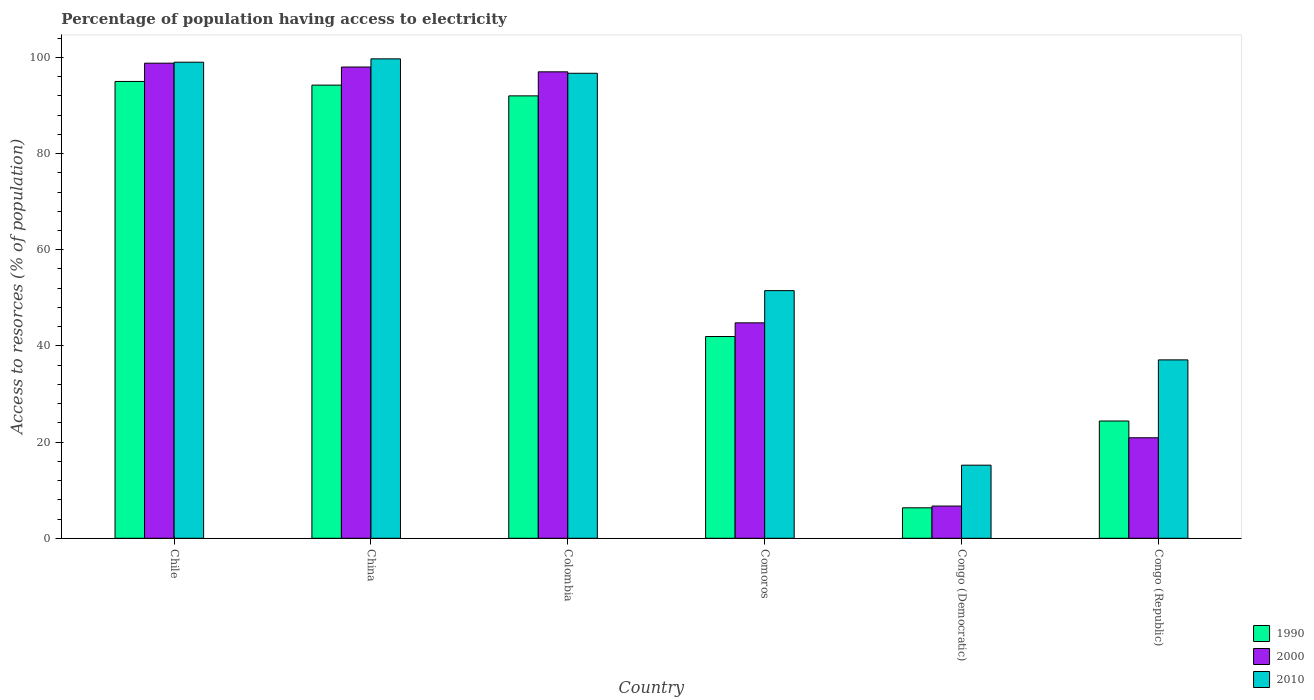
| Country | 1990 | 2000 | 2010 |
 | --- | --- | --- | --- |
 | Chile | 95 | 98.8 | 99 |
 | China | 94.2 | 98 | 99.7 |
 | Colombia | 92 | 97 | 96.7 |
 | Comoros | 42 | 44.8 | 51.5 |
 | Congo (Democratic) | 6.34 | 6.7 | 15.2 |
 | Congo (Republic) | 24.4 | 20.9 | 37.1 |